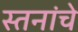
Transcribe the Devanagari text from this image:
स्तनांचे